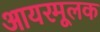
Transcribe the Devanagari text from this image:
आयरमूलक